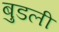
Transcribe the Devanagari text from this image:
बुडली